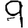
Digit: 9